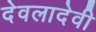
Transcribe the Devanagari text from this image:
देवलादेवी